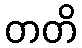
တတိ